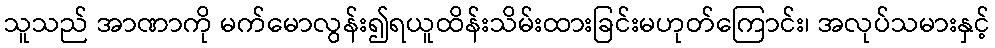
သူသည် အာဏာကို မက်မောလွန်း၍ရယူထိန်းသိမ်းထားခြင်းမဟုတ်ကြောင်း၊ အလုပ်သမားနှင့်